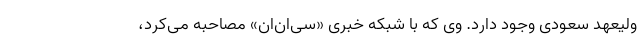
ولیعهد سعودی وجود دارد. وی که با شبکه خبری «سی‌ان‌ان» مصاحبه می‌کرد،